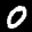
Label: 0